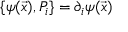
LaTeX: \{ \psi ( \vec { x } ) , P _ { i } \} = \partial _ { i } \psi ( \vec { x } )